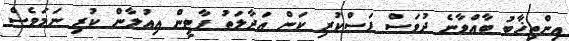
އިންތިޚާބު ބާއްވާނެ ދުވަސް ފަސްކުރި ކަން އަދާލަތު ޕާޓީން އިއުލާން ކުރި ނަމަވެސް